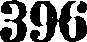
396